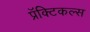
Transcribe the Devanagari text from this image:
प्रॅक्टिकल्स